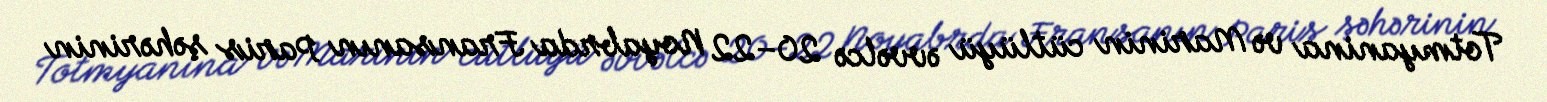
Totmyanina və Marinin cütlüyü əvvəlcə 20–22 Noyabrda Fransanın Paris şəhərinin